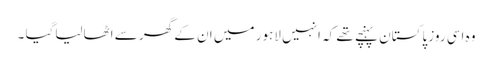
وہ اسی روز پاکستان پہنچے تھے کہ انہیں لاہور میں ان کے گھر سے اٹھالیاگیا ۔